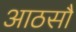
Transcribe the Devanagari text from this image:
आठसौ